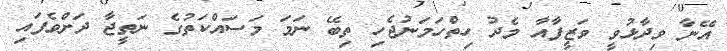
އޭނާ ވިދާޅުވީ ވަޒީފާއާ މެދު ހިތްހަމަނުޖެހި ތިބޭ ނަމަ މަސައްކަތުގެ ނަތީޖާ ދަށްވެފައި